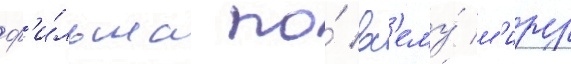
ф'и́льма по́ вс'ему́ м'иру